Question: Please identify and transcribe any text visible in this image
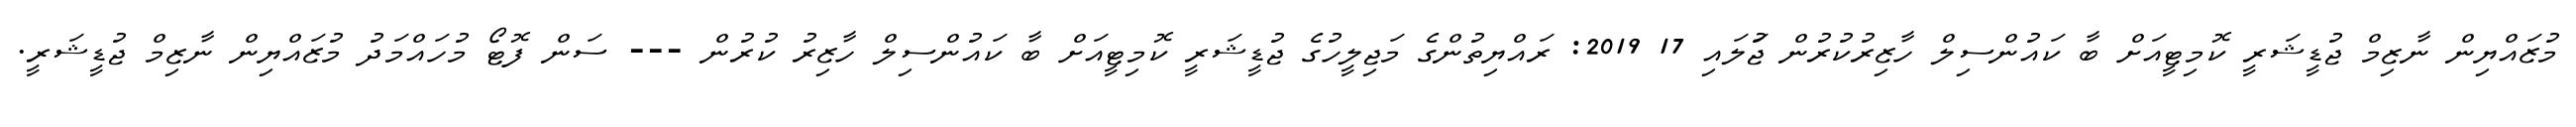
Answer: މުޒައްޔިން ނާޒިމް ޖުޑީޝަރީ ކޮމިޓީއަށް ބާ ކައުންސިލް ހާޒިރުކުރުން ޖުަލައި 17 2019: ރައްޔިތުންގެ މަޖިލީހުގެ ޖުޑީޝަރީ ކޮމިޓީއަށް ބާ ކައުންސިލް ހާޒިރު ކުރުން --- ސަން ފޮޓޯ މުހައްމަދު މުޒައްޔިން ނާޒިމް ޖުޑީޝަރީ.